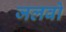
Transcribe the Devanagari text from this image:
जलवो